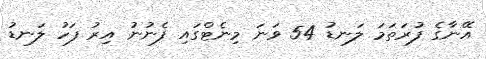
އޭނާގެ ފުރަތަމަ ލަނޑު 54 ވަނަ މިނެޓްގައި ފެނުނު އިރު ފަހު ލަނޑު